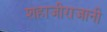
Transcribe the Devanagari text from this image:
शहाजीराजानी